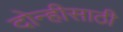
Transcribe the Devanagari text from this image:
दोन्हीसाठी